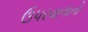
ઉપરવાળાનો